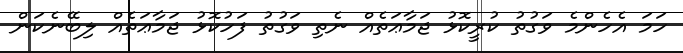
ހަމަ އެހެންމެ ވަގުތު ކުރީކޮޅު ޖަމާޢަތެއް ނެތި ވަގުތު ފަހުކޮޅު ޖަމާޢަތެއް ލިބޭނެކަން